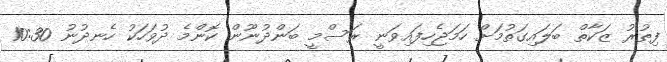
ފިޠުރު ޒަކާތް ބަލައިގަތުމަށް ހަމަޖެހިފައިވަނީ ރަސްމީ ބަންދުނޫން ކޮންމެ ދުވަހަކު ހެނދުނު 10:30